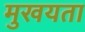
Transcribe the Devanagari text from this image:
मुखयता